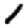
Digit: 1